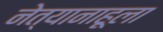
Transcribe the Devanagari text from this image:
नेत्यानाहूला